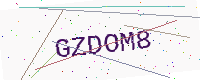
Text: GZDOM8